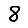
Digit: 8